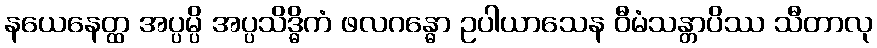
နယေနေတ္ထ အပ္ပမ္ပိ အပ္ပသိဒ္ဓိကံ ဖလဂန္ဓော ဥပါယာသေန ဝီမံသန္တာပိဿ သီတာလု